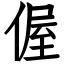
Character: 偓